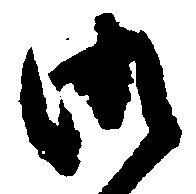
御